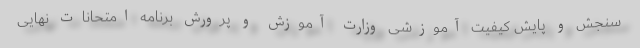
سنجش و پایش کیفیت آموزشی وزارت آموزش و پرورش برنامه امتحانات نهایی